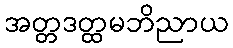
အတ္တဒတ္ထမဘိညာယ